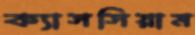
ক্যাসসিয়াম